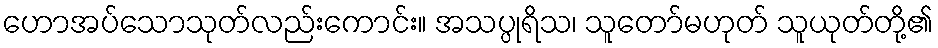
ဟောအပ်သောသုတ်လည်းကောင်း။ အသပ္ပုရိသ၊ သူတော်မဟုတ် သူယုတ်တို့၏